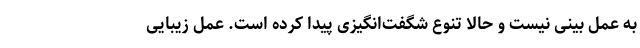
به عمل بینی نیست و حالا تنوع شگفت‌انگیزی پیدا کرده است. عمل زیبایی